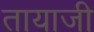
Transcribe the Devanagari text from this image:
तायाजी